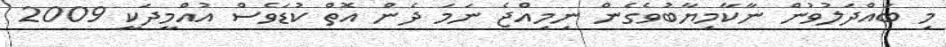
މި ބައްދަލުވުން ނާކާމިޔާބުވެގެން ނިމިއްޖެ ނަމަ ދެން އޮތް ކުޑަވެސް އުއްމީދަކީ 2009